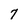
Character: 7